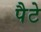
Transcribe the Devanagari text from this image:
पैटे